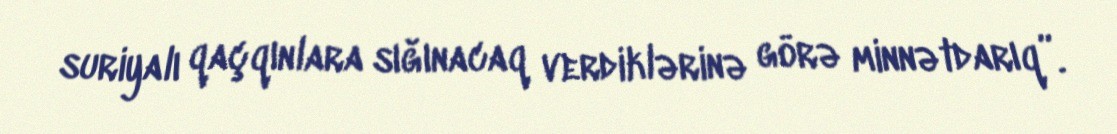
suriyalı qaçqınlara sığınacaq verdiklərinə görə minnətdarıq”.